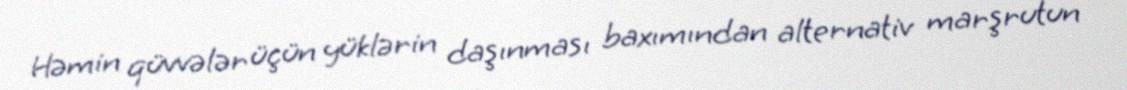
Həmin qüvvələr üçün yüklərin daşınması baxımından alternativ marşrutun